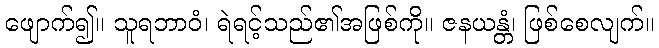
ဖျောက်၍။ သူရဘာဝံ၊ ရဲရင့်သည်၏အဖြစ်ကို။ ဇနယန္တံ၊ ဖြစ်စေလျက်။